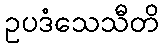
ဥပဒံသေသီတိ